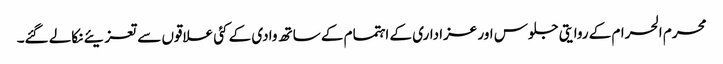
محرم الحرام کے روایتی جلوس اور عزاداری کے اہتمام کے ساتھ وادی کے کئی علاقوں سے تعزیئے نکالے گئے۔